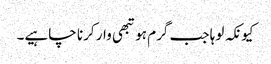
کیونکہ لوہا جب گرم ہو تبھی وار کرنا چاہیے۔